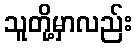
သူတို့မှာလည်း